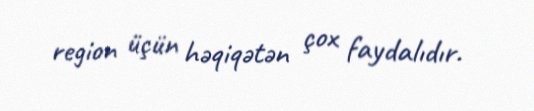
region üçün həqiqətən çox faydalıdır.